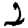
Digit: 2